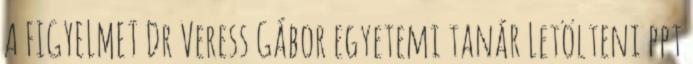
A FIGYELMET Dr Veress Gábor egyetemi tanár Letölteni ppt